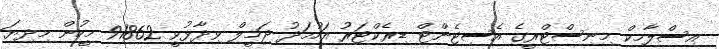
އިސްލާމިކް މިނިސްޓްރީގެ އެސިޓެންޓް ޑިރެކްޓަރު އަހުމަދު ޖަމީލް ވިދާޅުވީ 91862 މީހުން މިދިޔަ